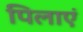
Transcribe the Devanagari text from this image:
पिलाएं